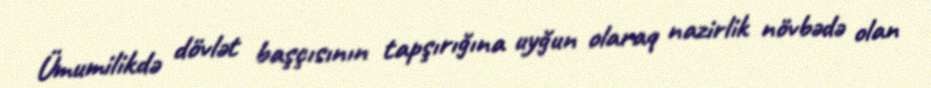
Ümumilikdə dövlət başçısının tapşırığına uyğun olaraq nazirlik növbədə olan